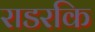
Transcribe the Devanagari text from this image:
राडरकि